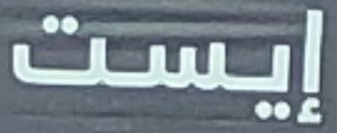
إيست